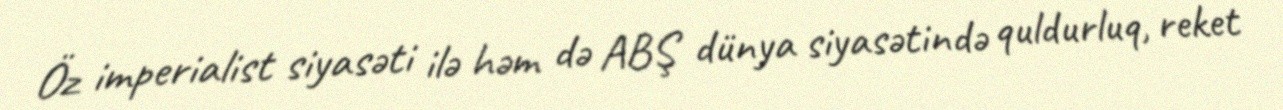
Öz imperialist siyasəti ilə həm də ABŞ dünya siyasətində quldurluq, reket